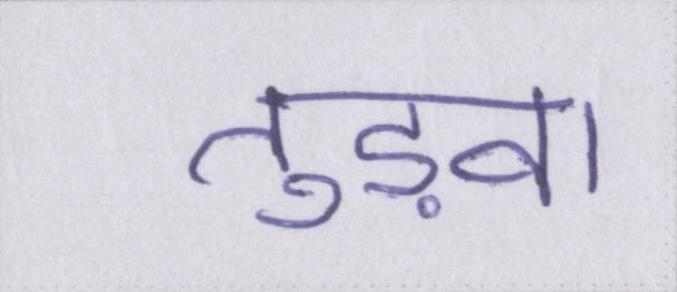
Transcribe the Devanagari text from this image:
तुड़वा